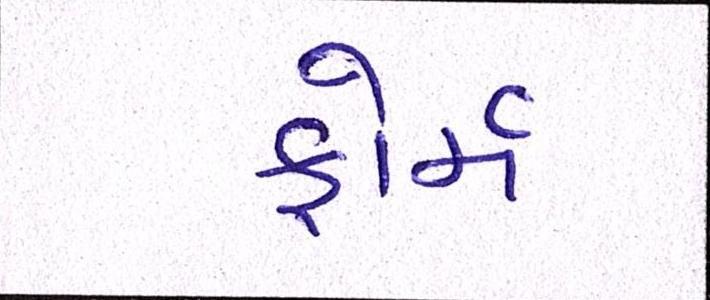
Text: ફોર્મ